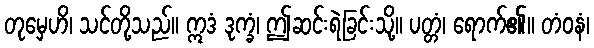
တုမှေဟိ၊ သင်တို့သည်။ ဣဒံ ဒုက္ခံ၊ ဤဆင်းရဲခြင်းသို့။ ပတ္တံ၊ ရောက်၏။ တံဝနံ၊